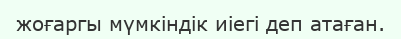
жоғаргы мүмкіндік иіегі деп атаған.